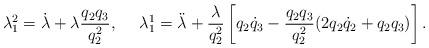
LaTeX: \begin{align*}\lambda_1^2=\dot{\lambda}+\lambda\frac{q_2q_3}{q_2^2},~~~~\lambda_1^1=\ddot{\lambda}+\frac{\lambda}{q_2^2}\left[q_2{\dot{q}}_3-\frac{q_2q_3}{q_2^2}(2q_2{\dot{q}}_2+q_2q_3)\right].\end{align*}